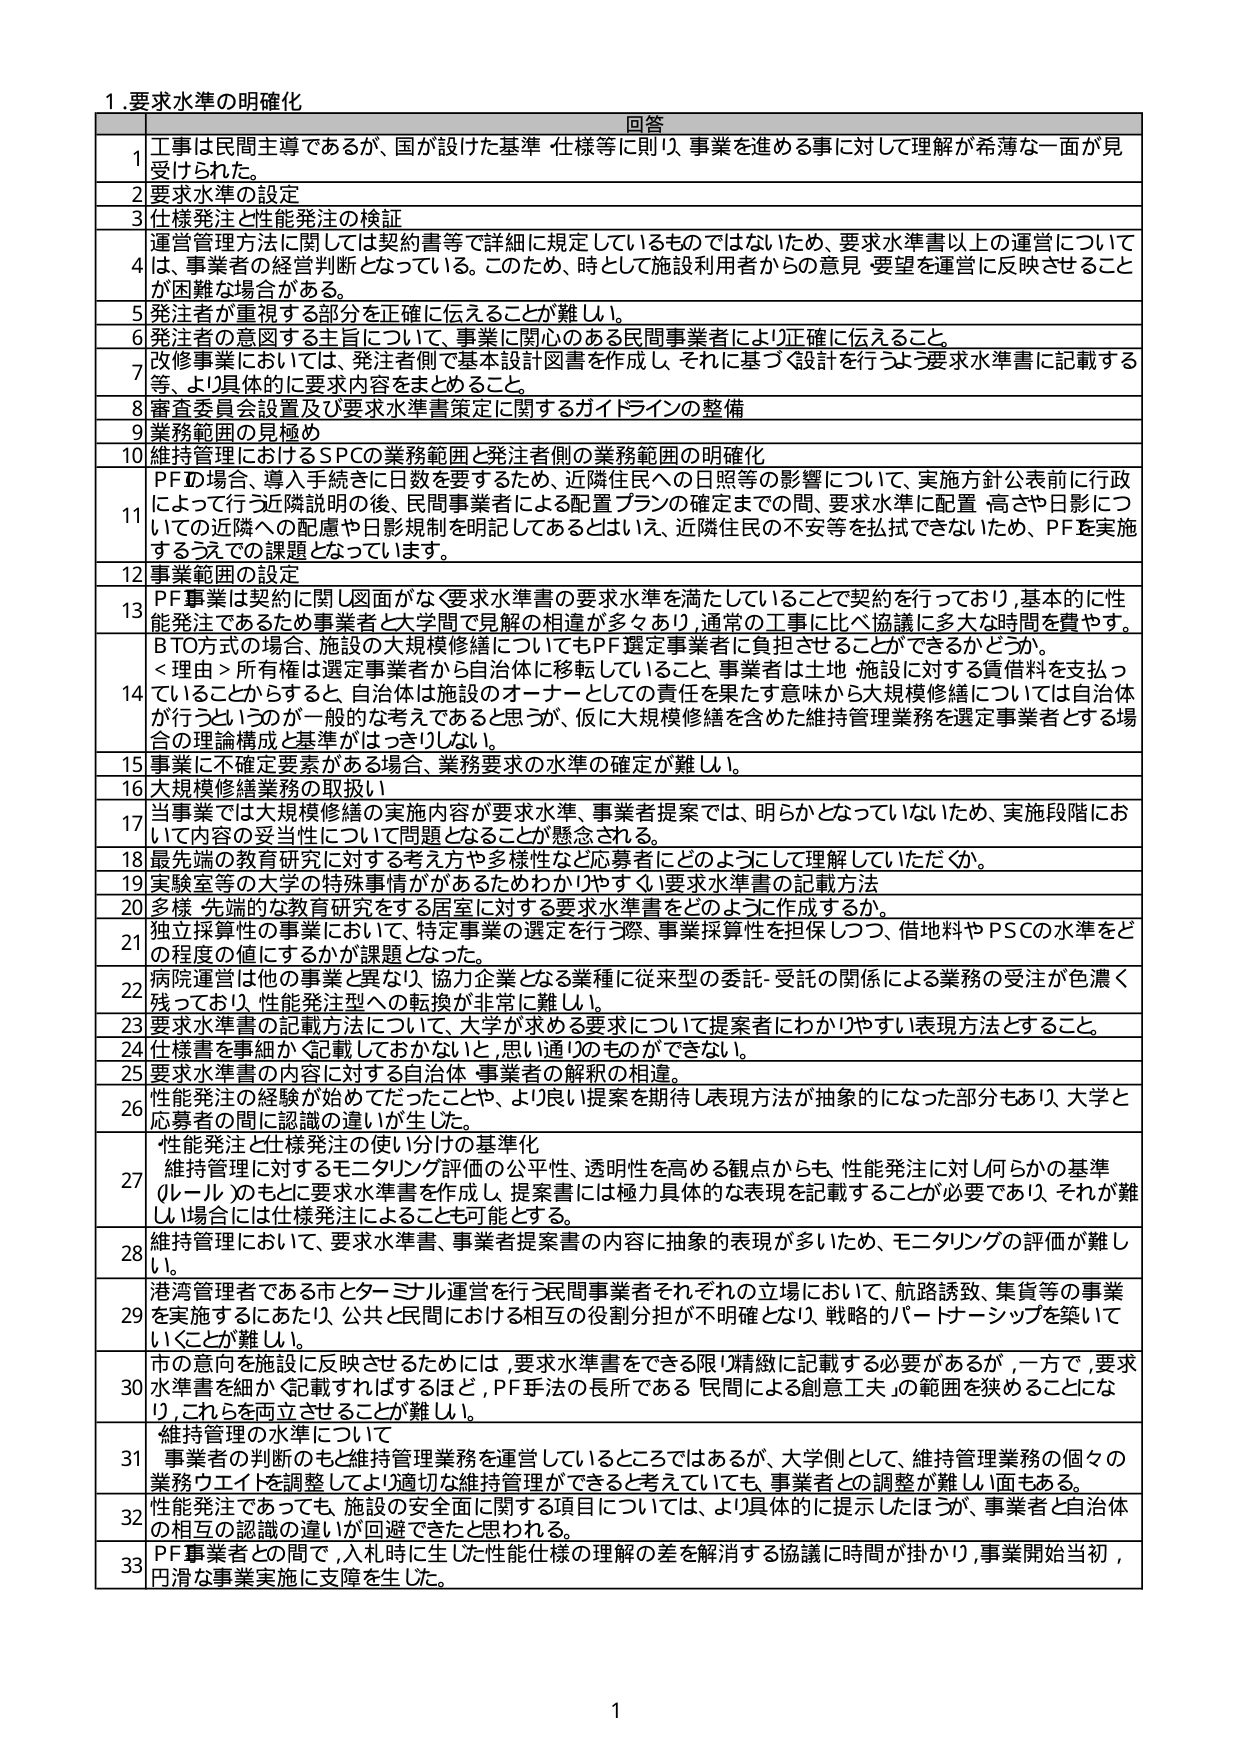
1.要求水準の明確化

回答

1 工事は民間主導であるが、国が設けた基準・仕様等に則り、事業を進める事に対して理解が希薄な一面が見受けられた。

2 要求水準の設定

3 仕様発注と性能発注の検証

4 運営管理方法に関しては契約書等で詳細に規定しているものではないため、要求水準書以上の運営については、事業者の経営判断となっている。このため、時として施設利用者からの意見・要望を運営に反映させること が困難な場合がある。

5 発注者が重視する部分を正確に伝えることが難しい。

6 発注者の意図する主旨について、事業に関心のある民間事業者により正確に伝えること。

7 改修事業においては、発注者側で基本設計図書を作成し、それに基づく設計を行うよう要求水準書に記載する等、より具体的に要求内容をまとめる。

8 審査委員会設置及び要求水準書策定に関するガイドラインの整備

9 業務範囲の見極め

10 維持管理におけるSPCの業務範囲と発注者側の業務範囲の明確化

11 PFの場合、導入手続きに日程を要するため、近隣住民への日照等の影響について、実施方針公表前に行 政によって行う近隣説明の後、民間事業者による配置プランの確定までの間、要求水準に配置・高さや日影についての近隣への配慮や日影規制を明記してあるとはいえ、近隣住民の不安等を払拭できないため、PFを実施 するうえでの課題となっています。

12 事業範囲の設定

13 PF事業は契約に関し図面がなく要求水準書の要求水準を満たしていることで契約を行っており、基本的に性能発注であるため事業者と大学間で見解の相違が多くあり、通常の工事に比べ協議に多大な時間を費やす。

BTO方式の場合、施設の大規模修繕についてもPF選定事業者に負担させることができるかどうか。

<理由> 所有権は選定事業者から自治体に移転していること、事業者は土地・施設に対する賃借料を支払っていることからすると、自治体は施設のオーナーとしての責任を果たす意味から大規模修繕については自治体が行うというのが一般的な考えであると思うが、仮に大規模修繕を含めた維持管理業務を選定事業者とする場合の理論構成と基準がはっきりしない。

15 事業に不確定要素がある場合、業務要求の水準の確定が難しい。

16 大規模修繕業務の取扱い

17 当事業では大規模修繕の実施内容が要求水準、事業者提案では、明らかとなっていないため、実施段階において内容の妥当性について問題となることが懸念される。

18 最先端の教育研究に対する考え方や多様性など応募者にどのようにして理解していただくか。

19 実験室等の大学の特殊事情ががあるためわかりやすく要求水準書の記載方法

20 多様・先端的な教育研究をする居室に対する要求水準書をどのように作成するか。

21 独立採算性の事業において、特定事業の選定を行う際、事業採算性を担保しつつ、借地料やPSCの水準をどの程度の値にするかが課題となった。

22 病院運営は他の事業と異なり、協力企業となる業種に従来型の委託・受託の関係による業務の受注が色濃く残っており、性能発注型への転換が非常に難しい。

23 要求水準書の記載方法について、大学が求める要求について提案者にわかりやすい表現方法とすること。

24 仕様書を書細かく記載しておかないとい、思い通りのものができない。

25 要求水準書の内容に対する自治体・事業者の解釈の相違。

26 性能発注の経験が始めてだったことや、より良い提案を期待し表現方法が抽象的になった部分もあり、大学と応募者の間に認識の違いが生じた。

27 性能発注と仕様発注の使い分けの基準化
維持管理に対するモニタリング評価の公平性、透明性を高める観点からも、性能発注に対し何らかの基準（ルール）のもとに要求水準書を作成し、提案書には極力具体的な表現を記載することが必要であり、それが難しい場合には仕様発注によることも可能とする。

28 維持管理において、要求水準書、事業者提案書の内容に抽象的表現が多いため、モニタリングの評価が難しい。

29 港湾管理者である市とターミナル運営を行う民間事業者それぞれの立場において、航路誘致、集貨等の事業を実施するにあたり、公共と民間における相互の役割分担が不明確となり、戦略的パートナーシップを築いていくことが難しい。

30 市の意向を施設に反映させるためには、要求水準書をできる限り精緻に記載する必要があるが、一方で、要求水準書を細かく記載すればするほど、PF手法の長所である「民間による創意工夫」の範囲を狭めることになり、これらを両立させることが難しい。

31 維持管理の水準について
事業者の判断のもと維持管理業務を運営しているところではあるが、大学側として、維持管理業務の個々の業務ウエイトを調整してより適切な維持管理ができると考えていても、事業者との調整が難しい面もある。

32 性能発注であっても、施設の安全面に関する項目については、より具体的に提示したほうが、事業者と自治体の相互の認識の違いが回避できたと思われる。

33 PF事業者との間で、入札時に生じた性能仕様の理解の差を解消する協議に時間が掛かり、事業開始当初、円滑な事業実施に支障を生じた。

1